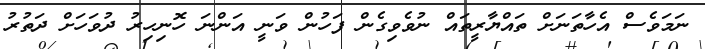
ނަމަވެސް އެހާތަނަށް ތައްޔާރީތައް ނުވެވިގެން ފަހުން ވަނީ އަންނަ ހޮނިހިރު ދުވަހަށް ދަތުރު